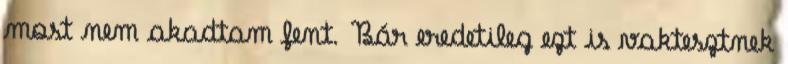
most nem akadtam fent. Bár eredetileg ezt is vaktesztnek